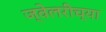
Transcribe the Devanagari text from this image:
ज्वेलरीच्या